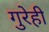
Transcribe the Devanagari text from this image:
गुरेही